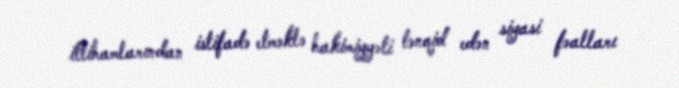
ittihamlarından istifadə etməklə hakimiyyəti tənqid edən siyasi fəalları